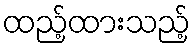
ထည့်ထားသည့်